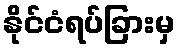
နိုင်ငံရပ်ခြားမှ